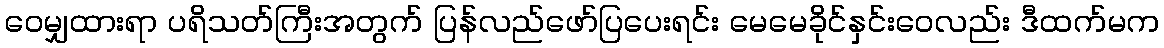
ဝေမျှထားရာ ပရိသတ်ကြီးအတွက် ပြန်လည်ဖော်ပြပေးရင်း မေမေခိုင်နှင်းဝေလည်း ဒီထက်မက